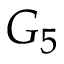
G _ { 5 }